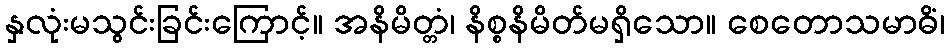
နှလုံးမသွင်းခြင်းကြောင့်။ အနိမိတ္တံ၊ နိစ္စနိမိတ်မရှိသော။ စေတောသမာဓိံ၊